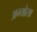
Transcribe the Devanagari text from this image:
अम्योसा